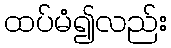
ထပ်မံ၍လည်း